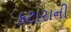
કટારાની